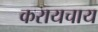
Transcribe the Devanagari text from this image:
करायचाय